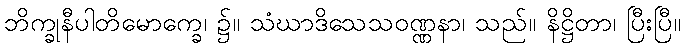
ဘိက္ခုနီပါတိမောက္ခေ၊ ၌။ သံဃာဒိသေသဝဏ္ဏနာ၊ သည်။ နိဋ္ဌိတာ၊ ပြီးပြီ။